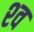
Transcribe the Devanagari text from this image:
श्‍व